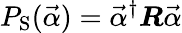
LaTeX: P_{\mathrm{S}}(\vec{\alpha})=\vec{\alpha}^{\dagger}\boldsymbol{R}\vec{\alpha}